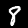
Label: 8